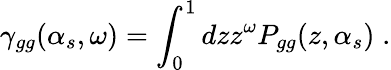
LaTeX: \gamma_{gg}(\alpha_{s},\omega)=\int_{0}^{1}dzz^{\omega}P_{gg}(z,\alpha_{s})\; .